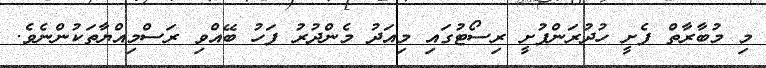
މި މުބާރާތް ފެށީ ހުދުރަންފުށީ ރިސޯޓުގައި މިއަދު މެންދުރު ފަހު ބޭއްވި ރަސްމިއްޔާތަކުންނެވެ.